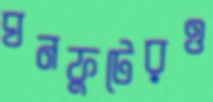
ঘনফুটেরও